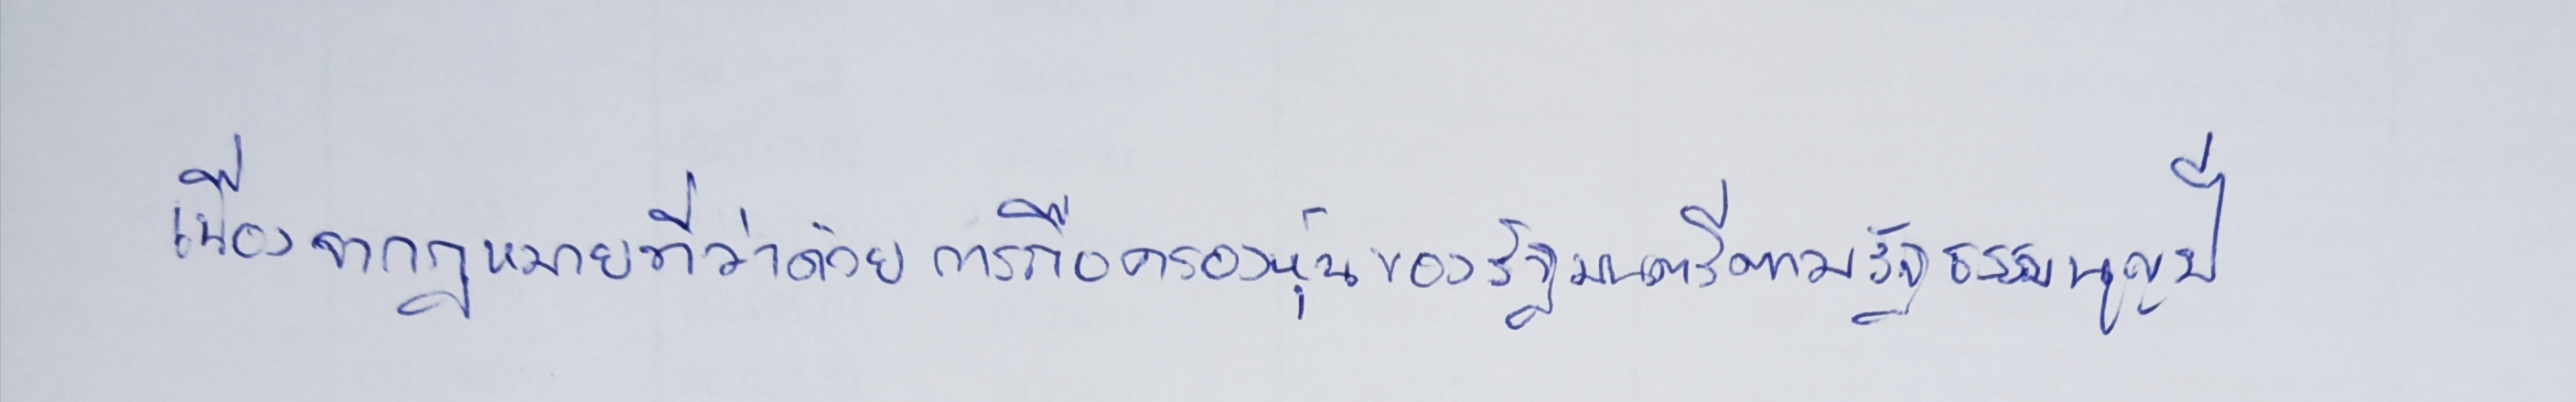
เนื่องจากกฎหมายที่ว่าด้วยการถือครองหุ้นของรัฐมนตรีตามรัฐธรรมนูญปี